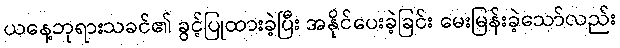
ယနေ့ဘုရားသခင်၏ ခွင့်ပြုထားခဲ့ပြီး အနိုင်ပေးခဲ့ခြင်း မေးမြန်းခဲ့သော်လည်း